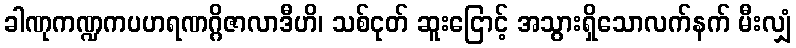
ခါဏုကဏ္ဍကပဟရဏဂ္ဂိဇာလာဒီဟိ၊ သစ်ငုတ် ဆူးငြောင့် အသွားရှိသောလက်နက် မီးလျှံ